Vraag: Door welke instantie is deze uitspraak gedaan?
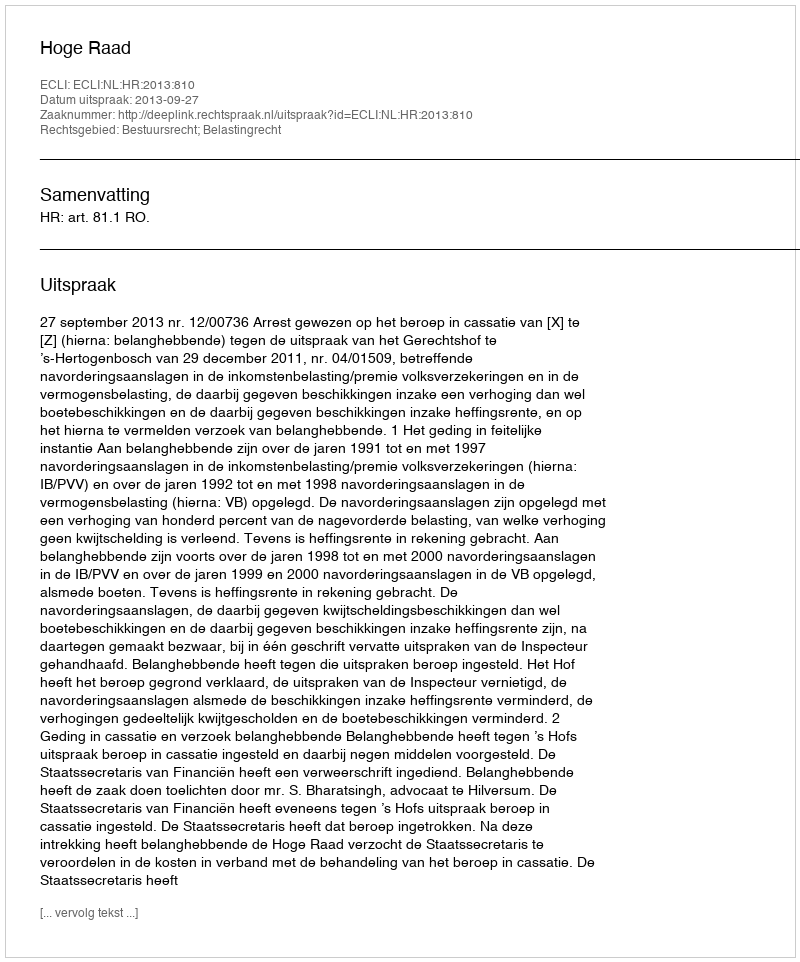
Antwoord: Hoge Raad